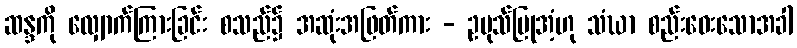
ဆန္ဒကို လျှောက်ကြားခြင်း စသည်၌ အဆုံးအဖြတ်ကား - ဥပုသ်ပြုအံ့ဟု သံဃာ စည်းဝေးသောအခါ